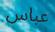
عباس